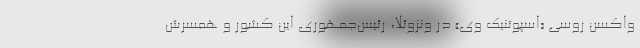
واکسن روسی «اسپوتنیک وی» در ونزوئلا، رئیس‌جمهوری این کشور و همسرش